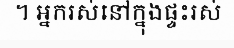
។ អ្នករស់នៅក្នុងផ្ទះរស់